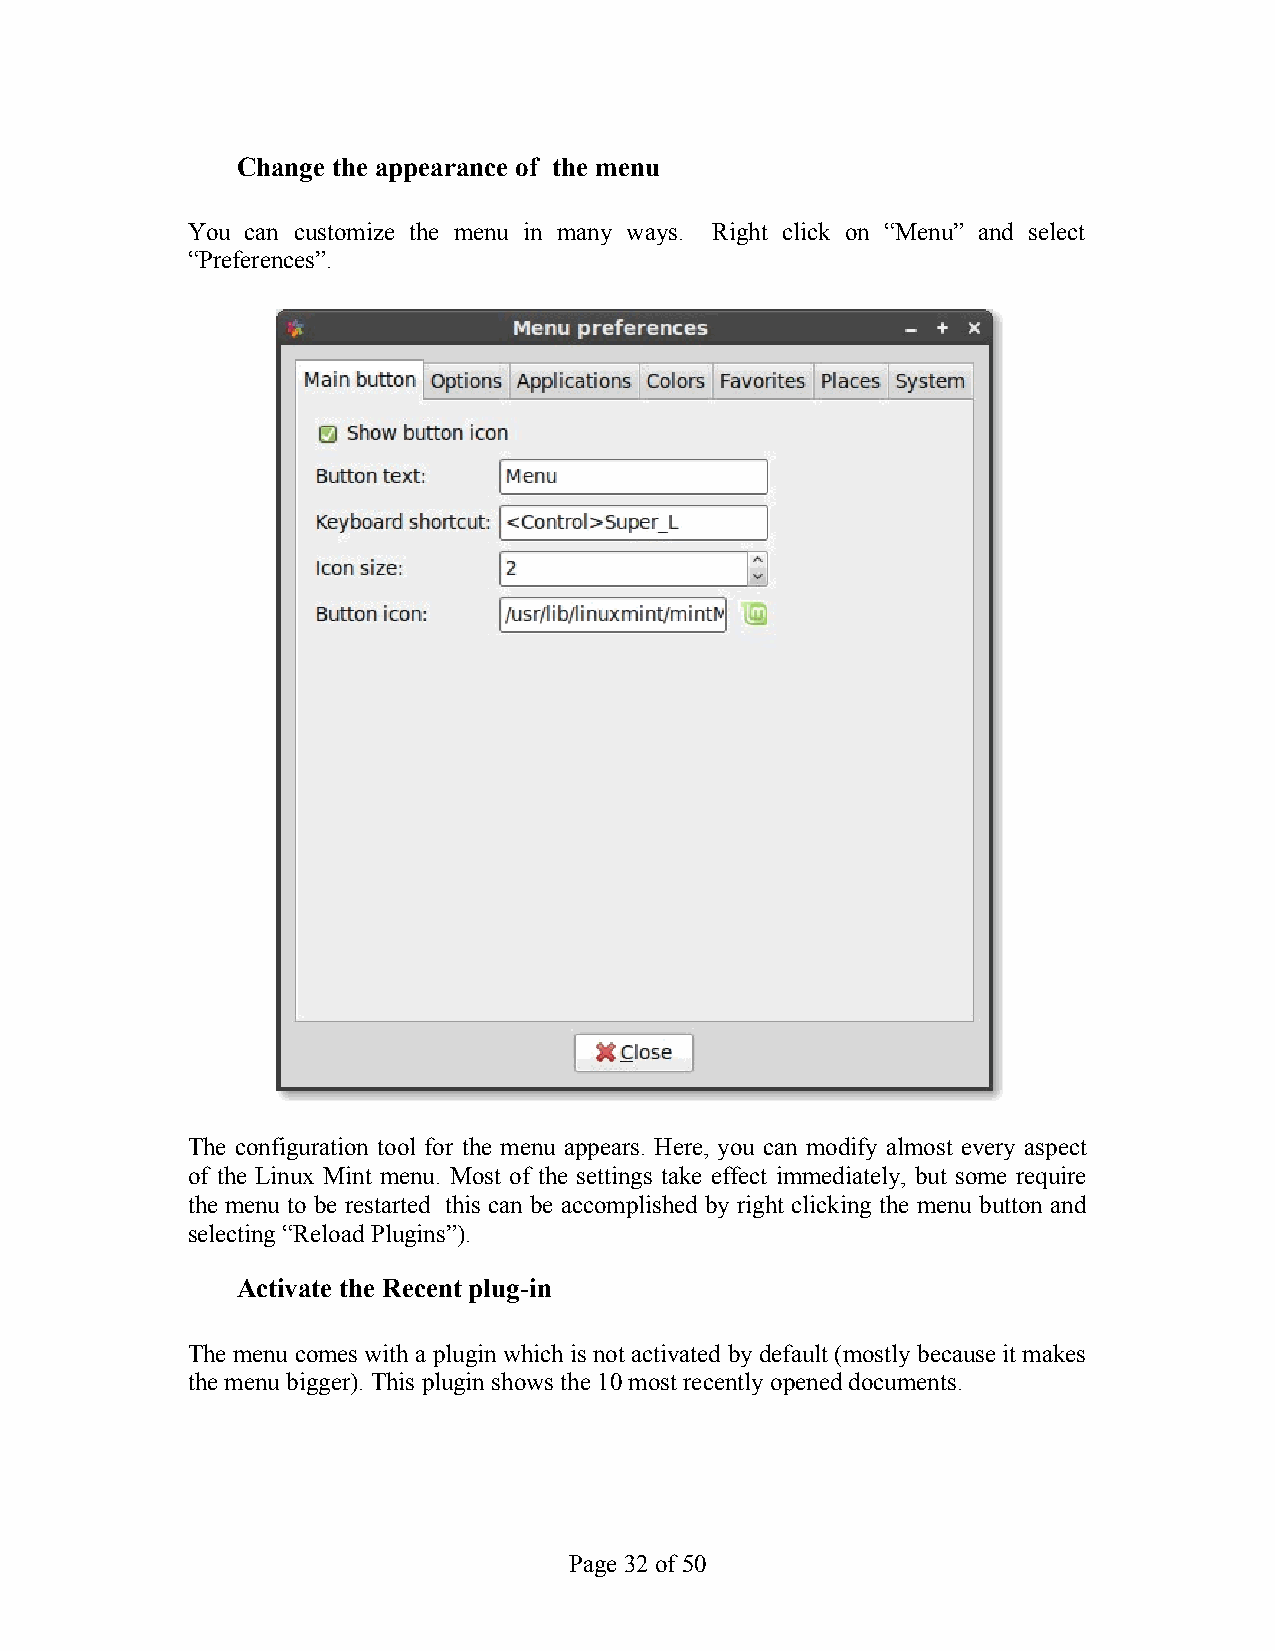
Change the appearance of the menu
 You can customize the menu in many ways. Right click on “Menu” and select
 “Preferences”.
 The configuration tool for the menu appears. Here, you can modify almost every aspect
 of the Linux Mint menu. Most of the settings take effect immediately, but some require
 the menu to be restarted this can be accomplished by right clicking the menu button and
 selecting “Reload Plugins”).
 Activate the Recent plug-in
 The menu comes with a plugin which is not activated by default (mostly because it makes
 the menu bigger). This plugin shows the 10 most recently opened documents.
 Page 32 of 50